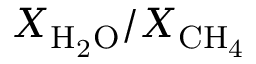
X _ { \mathrm { H _ { 2 } O } } / X _ { \mathrm { C H _ { 4 } } }